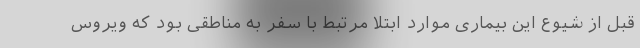
قبل از شیوع این بیماری موارد ابتلا مرتبط با سفر به مناطقی بود که ویروس